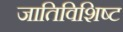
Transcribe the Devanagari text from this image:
जातिविशिष्ट